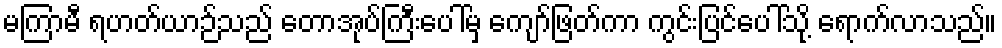
မကြာမီ ရဟတ်ယာဉ်သည် တောအုပ်ကြီးပေါ်မှ ကျော်ဖြတ်ကာ ကွင်းပြင်ပေါ်သို့ ရောက်လာသည်။